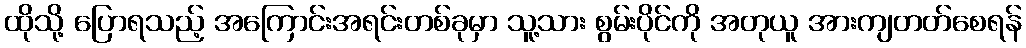
ထိုသို့ ပြောရသည့် အကြောင်းအရင်းတစ်ခုမှာ သူ့သား စွမ်းပိုင်ကို အတုယူ အားကျတတ်စေရန်